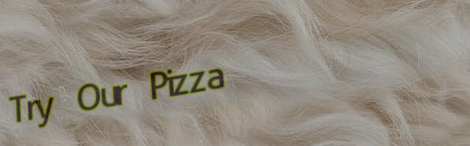
Try Our Pizza